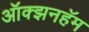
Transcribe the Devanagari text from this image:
ऑक्झनहॅम